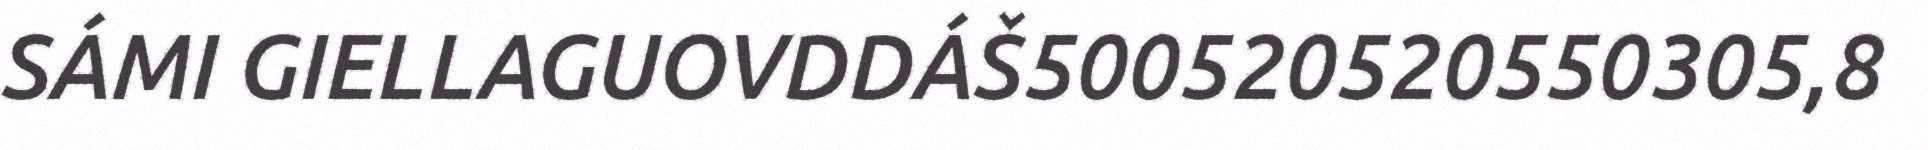
SÁMI GIELLAGUOVDDÁŠ500520520550305,8